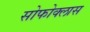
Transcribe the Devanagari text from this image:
सोफोक्लास